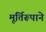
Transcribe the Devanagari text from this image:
मूर्तिरूपाने